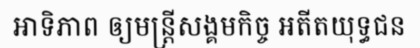
អាទិភាព ឲ្យមន្ត្រីសង្គមកិច្ច អតីតយុទ្ធជន